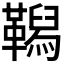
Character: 𩍆